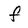
Character: f